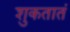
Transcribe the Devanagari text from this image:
शुकतातं